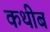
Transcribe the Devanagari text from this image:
कथीब